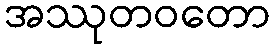
အဿုတဝတော